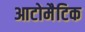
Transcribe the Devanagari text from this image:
आटोमैटिक